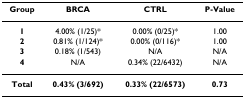
| Group | BRCA | CTRL | P-Value |
 | --- | --- | --- | --- |
 | 1 | 4.00% (1/25)* | 0.00% (0/25)* | 1.00 |
 | 2 | 0.81% (1/124)* | 0.00% (0/116)* | 1.00 |
 | 3 | 0.18% (1/543) | N/A | N/A |
 | 4 | N/A | 0.34% (22/6432) | N/A |
 | Total | 0.43% (3/692) | 0.33% (22/6573) | 0.73 |